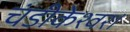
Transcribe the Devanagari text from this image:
चंडीकेश्वर।